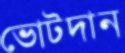
ভোটদান